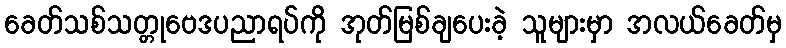
ခေတ်သစ်သတ္တုဗေဒပညာရပ်ကို အုတ်မြစ်ချပေးခဲ့ သူများမှာ အလယ်ခေတ်မှ